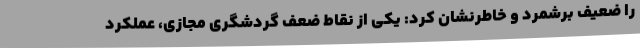
را ضعیف برشمرد و خاطرنشان کرد: یکی از نقاط ضعف گردشگری مجازی، عملکرد